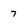
Character: 7